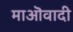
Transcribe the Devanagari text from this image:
माऒवादी